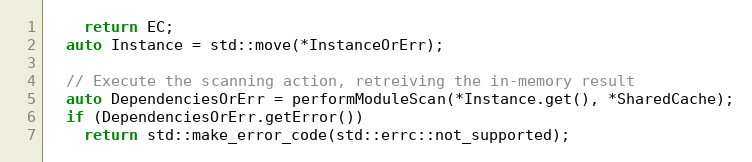
Language: C++
    return EC;
  auto Instance = std::move(*InstanceOrErr);

  // Execute the scanning action, retreiving the in-memory result
  auto DependenciesOrErr = performModuleScan(*Instance.get(), *SharedCache);
  if (DependenciesOrErr.getError())
    return std::make_error_code(std::errc::not_supported);